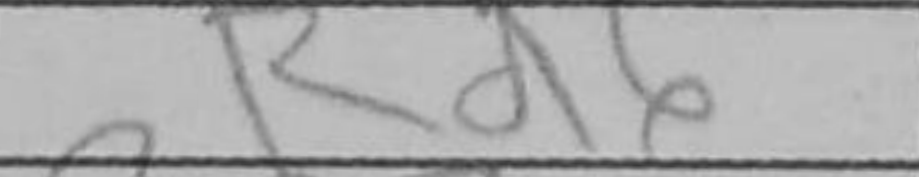
Transcription: Rd6